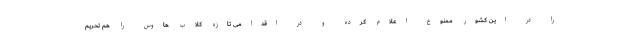
را در این کشور ممنوع اعلام کرده و در اقدامی تازه کلاب هاوس را هم تحریم